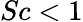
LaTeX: Sc<1